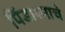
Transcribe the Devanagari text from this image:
पिंडाश्माचे